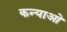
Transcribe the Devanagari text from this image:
कन्याओ